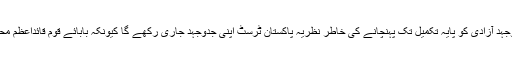
اُنہوں نے اس عزم کا اعادہ کیا کہ کشمیری عوام کی جدوجہد آزادی کو پایۂ تکمیل تک پہنچانے کی خاطر نظریۂ پاکستان ٹرسٹ اپنی جدوجہد جاری رکھے گا کیونکہ بابائے قوم قائداعظم محمد علی جناحؒ نے کشمیر کو ہماری شہ رگ قرار دیا تھا۔